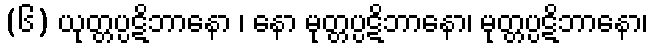
(၆) ယုတ္တပ္ပဋိဘာနော ၊ နော မုတ္တပ္ပဋိဘာနော၊ မုတ္တပ္ပဋိဘာနော၊